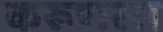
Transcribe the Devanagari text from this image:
करूणरस